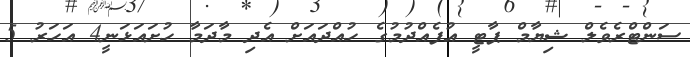
ސަންޓްރެވެލް ޝިޔާމް ޕާޓީ އުފެއްދުމުގެ ހުއްދައަށް އެދި މާދަމާ ހުށައަޅަނީ4 އަހަރު 5